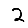
Digit: 2